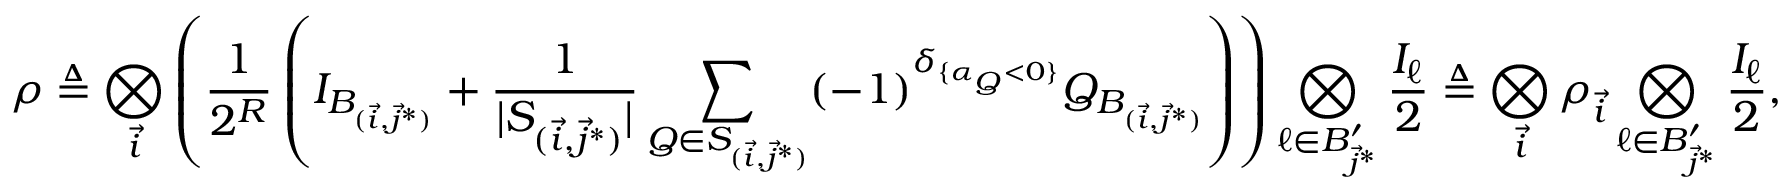
\rho \triangleq \bigotimes _ { \vec { i } } \left( \frac { 1 } { 2 ^ { R } } \left( I _ { B _ { ( \vec { i } , \vec { j } ^ { * } ) } } + \frac { 1 } { | S _ { ( \vec { i } , \vec { j } ^ { * } ) } | } \sum _ { Q \in S _ { ( \vec { i } , \vec { j } ^ { * } ) } } ( - 1 ) ^ { \delta _ { \{ \alpha _ { Q } < 0 \} } } Q _ { B _ { ( \vec { i } , \vec { j } ^ { * } ) } } \right) \right) \bigotimes _ { \ell \in B _ { \vec { j } ^ { * } } ^ { \prime } } \frac { I _ { \ell } } { 2 } \triangleq \bigotimes _ { \vec { i } } \rho _ { \vec { i } } \bigotimes _ { \ell \in B _ { \vec { j } ^ { * } } ^ { \prime } } \frac { I _ { \ell } } { 2 } ,